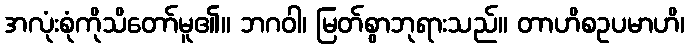
အလုံးစုံကိုသိတော်မူ၏။ ဘဂဝါ၊ မြတ်စွာဘုရားသည်။ တာဟိစဥပမာဟိ၊